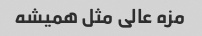
مزه عالی مثل همیشه